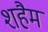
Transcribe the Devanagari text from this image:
शहैम